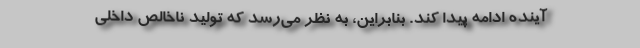
آینده ادامه پیدا کند. بنابراین، به نظر می‌رسد که تولید ناخالص داخلی